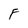
Character: F